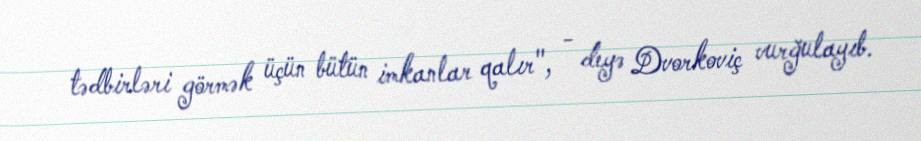
tədbirləri görmək üçün bütün imkanlar qalır", - deyə Dvorkoviç vurğulayıb.